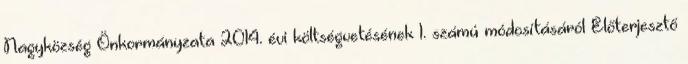
Nagyközség Önkormányzata 2014. évi költségvetésének 1. számú módosításáról Előterjesztő